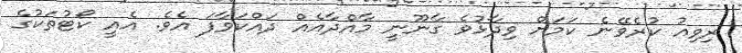
ރިވިއު ކުރެވޭނެ ކަމަށް ވިދާޅުވެ ގާނޫނީ މާއްދާއެއް ދައްކަވާފަ އެވެ. އެއީ ކޯޓުތަކުގެ